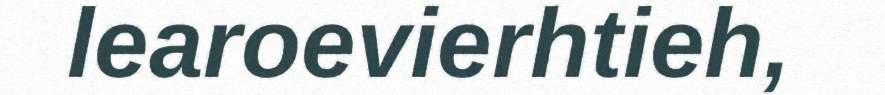
learoevierhtieh,